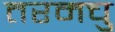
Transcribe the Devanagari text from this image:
तरमचु